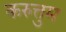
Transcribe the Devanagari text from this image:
करुत्तुम